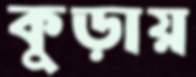
কুড়ায়